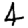
Digit: 4